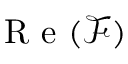
\mathrm { ~ R ~ e ~ } ( \mathcal { F } )